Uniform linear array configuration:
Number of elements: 16
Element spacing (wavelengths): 0.75
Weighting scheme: exponential
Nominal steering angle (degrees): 30
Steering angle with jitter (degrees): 30.779
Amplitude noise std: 0.05
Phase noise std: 0.05

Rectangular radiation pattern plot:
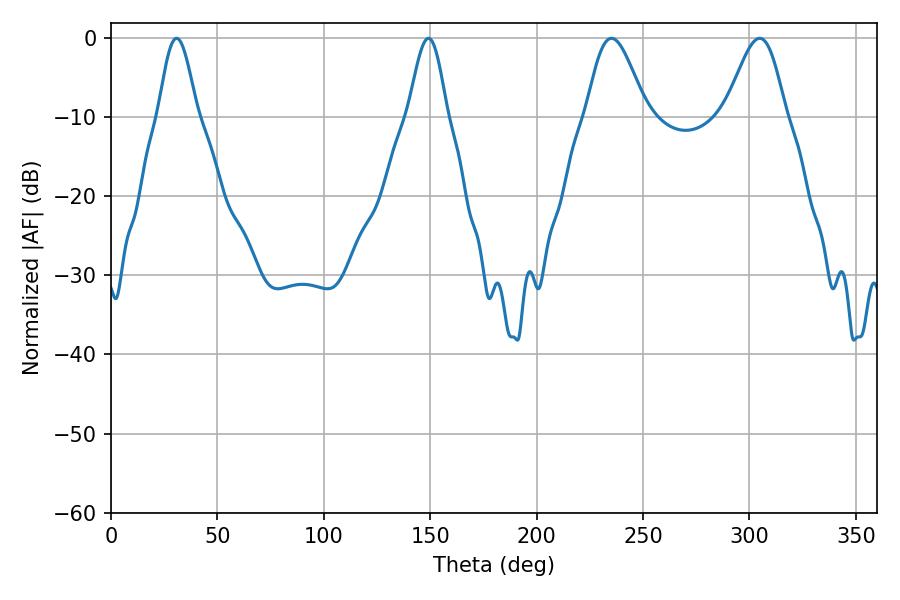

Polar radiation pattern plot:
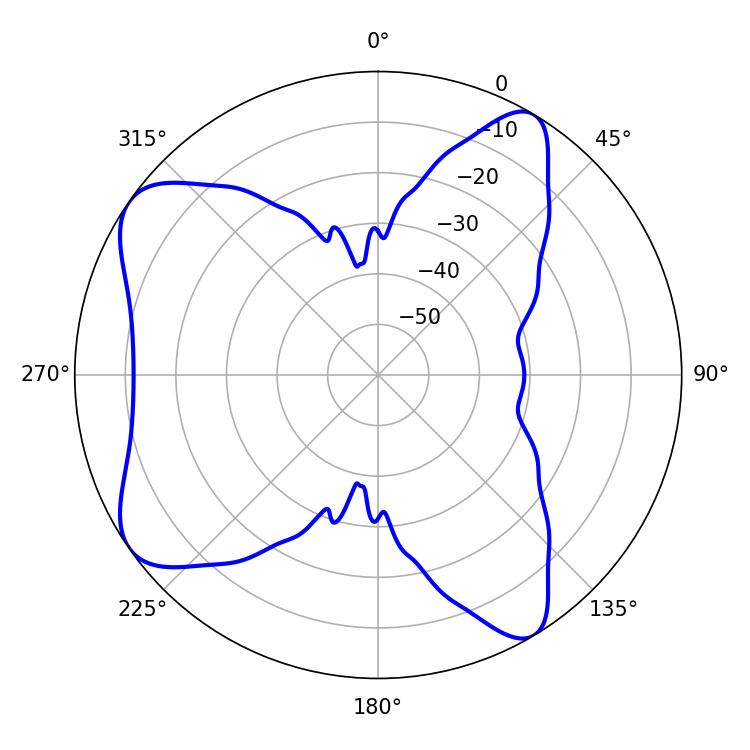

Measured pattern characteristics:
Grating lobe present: TRUE
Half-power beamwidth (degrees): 9.72
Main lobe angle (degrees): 30.78